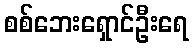
စစ်ဘေးရှောင်ဦးရေ